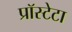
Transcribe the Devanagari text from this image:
प्रॉस्टेटा